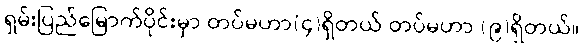
ရှမ်းပြည်မြောက်ပိုင်းမှာ တပ်မဟာ(၄)ရှိတယ် တပ်မဟာ (၉)ရှိတယ်။